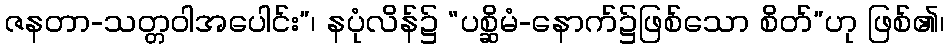
ဇနတာ-သတ္တဝါအပေါင်း”၊ နပုံလိန်၌ “ပစ္ဆိမံ-နောက်၌ဖြစ်သော စိတ်”ဟု ဖြစ်၏၊